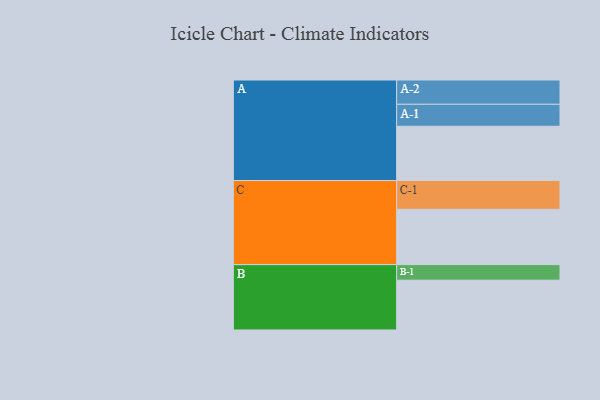
{"axis": {"x": "Segment", "y": "Value"}, "legend": ["", "A", "B", "C"], "data": [{"x": "A", "y": 498, "type": ""}, {"x": "B", "y": 457, "type": ""}, {"x": "C", "y": 508, "type": ""}, {"x": "A-1", "y": 202, "type": "A"}, {"x": "A-2", "y": 223, "type": "A"}, {"x": "B-1", "y": 143, "type": "B"}, {"x": "C-1", "y": 264, "type": "C"}]}